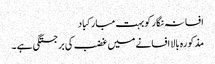
افسانہ نگار کو بہت مبارکباد
مذکورہ بالا افسانے میں غضب کی برجستگی ہے ۔